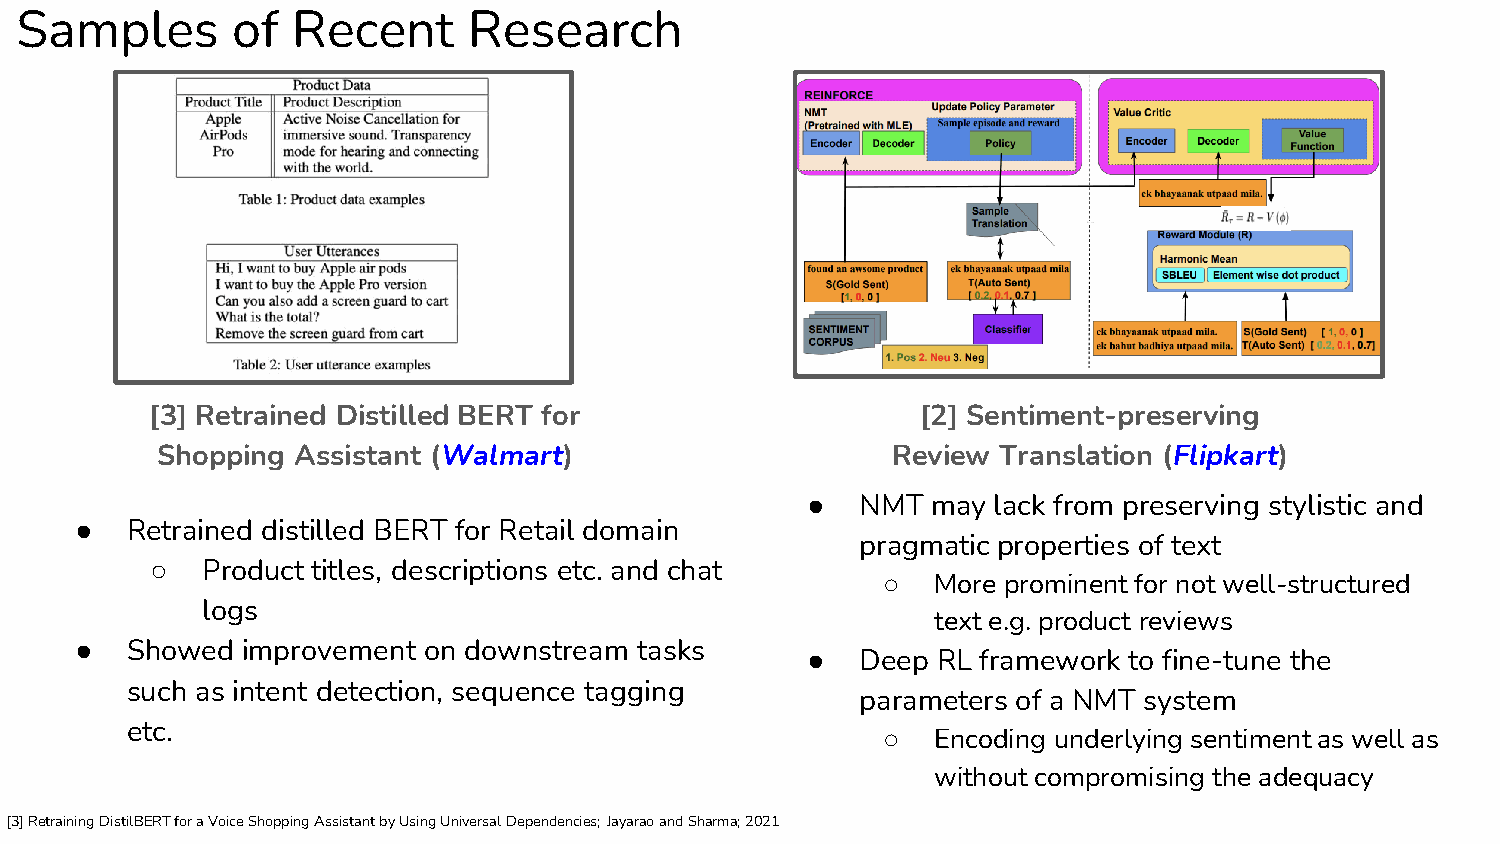
Samples       of  Recent      Research
 [3] Retrained Distilled BERT for                   [2] Sentiment-preserving
 Shopping  Assistant (Walmart)                    Review Translation (Flipkart)
 ●   NMT  may lack from preserving stylistic and
 ●  Retrained distilled BERT for Retail domain
 pragmatic properties of text
 ○  Product titles, descriptions etc. and chat
 ○   More prominent for not well-structured
 logs
 text e.g. product reviews
 ●  Showed  improvement on downstream tasks      ●   Deep RL framework to fine-tune the
 such as intent detection, sequence tagging
 parameters of a NMT system
 etc.                                              ○   Encoding underlying sentiment as well as
 without compromising the adequacy
 [3] Retraining DistilBERT for a Voice Shopping Assistant by Using Universal Dependencies; Jayarao and Sharma; 2021